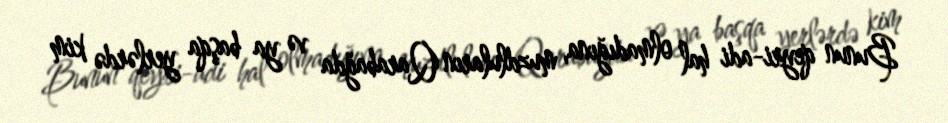
Bunun qeyri-adi hal olmadığına, muzdluların Qarabağda və ya başqa yerlərdə kim